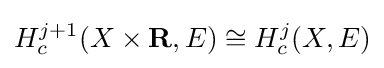
H_{c}^{j+1}(X\times \mathbf {R} ,E)\cong H_{c}^{j}(X,E)